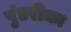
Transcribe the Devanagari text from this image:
पुंडरीका